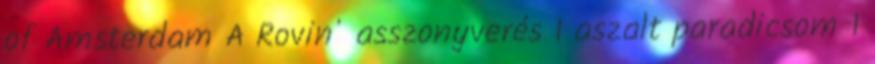
of Amsterdam A Rovin' asszonyverés 1 aszalt paradicsom 1